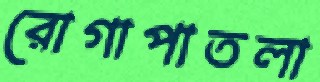
রোগাপাতলা